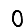
Digit: 0